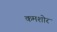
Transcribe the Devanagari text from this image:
कमशोर